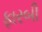
ફારબી